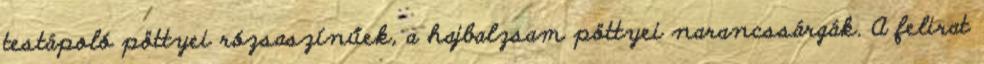
testápoló pöttyei rózsaszínűek, a hajbalzsam pöttyei narancssárgák. A felirat